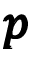
\pmb { p }